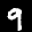
Label: 9